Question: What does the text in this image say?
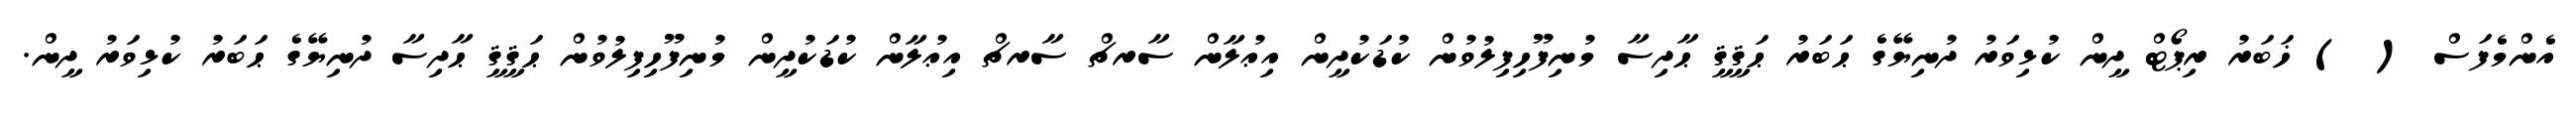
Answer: އެންމެފަސް ( ) ޚަބަރު ރިޕޯޓް ދީން ކުޅިވަރު ދުނިޔޭގެ ޙަބަރު ޙަޤީޤީ ޙާދިސާ މުނިފޫހިފިލުވުން ކުޑަކުދީން އިޢުލާން ސާރޗް ސާރޗް އިޢުލާން ކުޑަކުދީން މުނިފޫހިފިލުވުން ޙަޤީޤީ ޙާދިސާ ދުނިޔޭގެ ޙަބަރު ކުޅިވަރު ދީން.